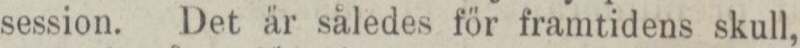
session. Det är således för framtidens skull,